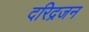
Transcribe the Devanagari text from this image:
दरिद्रजन